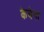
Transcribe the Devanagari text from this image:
केयेना